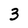
Character: 3